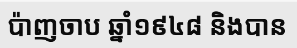
ប៉ាញចាប ឆ្នាំ១៩៤៨ និងបាន